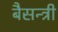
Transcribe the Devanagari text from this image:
बैसन्त्री